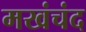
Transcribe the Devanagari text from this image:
मखंचंद